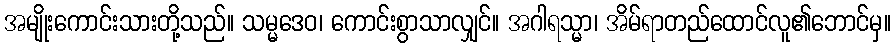
အမျိုးကောင်းသားတို့သည်။ သမ္မဒေဝ၊ ကောင်းစွာသာလျှင်။ အဂါရသ္မာ၊ အိမ်ရာတည်ထောင်လူ၏ဘောင်မှ။